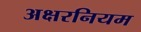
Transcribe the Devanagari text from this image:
अक्षरनियम